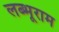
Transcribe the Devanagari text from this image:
लब्भूराम